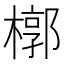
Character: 槨